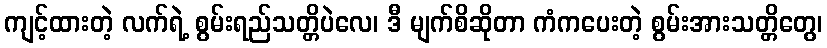
ကျင့်ထားတဲ့ လက်ရဲ့ စွမ်းရည်သတ္တိပဲလေ၊ ဒီ မျက်စိဆိုတာ ကံကပေးတဲ့ စွမ်းအားသတ္တိတွေ၊